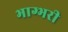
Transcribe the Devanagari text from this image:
भाग्भरी